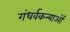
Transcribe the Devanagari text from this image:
गंधर्वकन्याओं